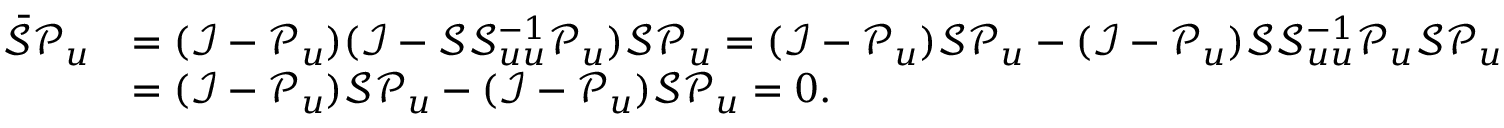
\begin{array} { r l } { \bar { \mathcal { S } } \mathcal { P } _ { u } } & { = ( \mathcal { I } - \mathcal { P } _ { u } ) ( \mathcal { I } - \mathcal { S } \mathcal { S } _ { u u } ^ { - 1 } \mathcal { P } _ { u } ) \mathcal { S } \mathcal { P } _ { u } = ( \mathcal { I } - \mathcal { P } _ { u } ) \mathcal { S } \mathcal { P } _ { u } - ( \mathcal { I } - \mathcal { P } _ { u } ) \mathcal { S } \mathcal { S } _ { u u } ^ { - 1 } \mathcal { P } _ { u } \mathcal { S } \mathcal { P } _ { u } } \\ & { = ( \mathcal { I } - \mathcal { P } _ { u } ) \mathcal { S } \mathcal { P } _ { u } - ( \mathcal { I } - \mathcal { P } _ { u } ) \mathcal { S } \mathcal { P } _ { u } = 0 . } \end{array}